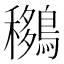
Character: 𪅨